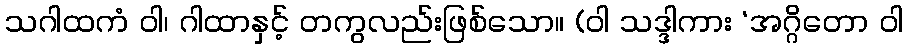
သဂါထကံ ဝါ၊ ဂါထာနှင့် တကွလည်းဖြစ်သော။ (ဝါ သဒ္ဒါကား ‘အဂ္ဂိတော ဝါ